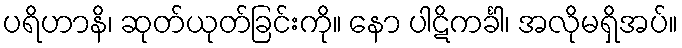
ပရိဟာနိ၊ ဆုတ်ယုတ်ခြင်းကို။ နော ပါဋိကင်္ခါ၊ အလိုမရှိအပ်။